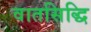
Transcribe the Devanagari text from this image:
वातसिद्धि